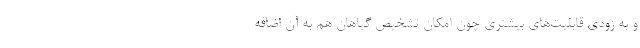
و به زودی قابلیت‌های بیشتری چون امکان تشخیص گیاهان هم به آن اضافه